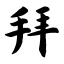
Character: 拜